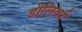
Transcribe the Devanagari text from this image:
डीलिवर्र